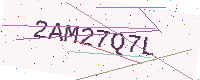
Text: 2AM27Q7L